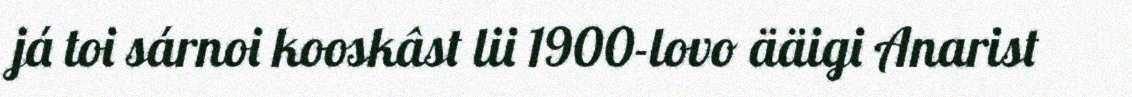
já toi sárnoi kooskâst lii 1900-lovo ääigi Anarist